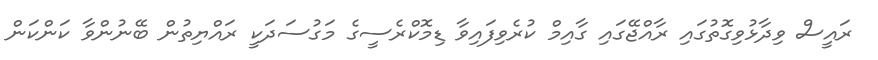
ރައީސް ވިދާޅުވިގޮތުގައި ރާއްޖޭގައި ގާއިމް ކުރެވިފައިވާ ޑިމޮކްރެސީގެ މަގުސަދަކީ ރައްޔިތުން ބޭނުންވާ ކަންކަން